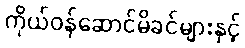
ကိုယ်ဝန်ဆောင်မိခင်များနှင့်